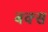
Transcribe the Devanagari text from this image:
बक्‍स